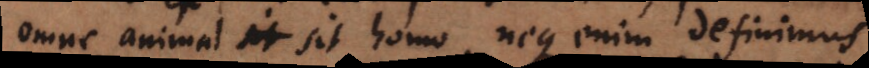
omne animal sit homo, neque enim definimus